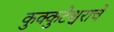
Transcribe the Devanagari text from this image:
कुक्कुटेश्वराचे